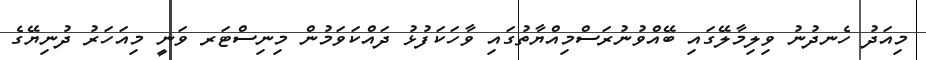
މިއަދު ހެނދުނު ވިލިމާލޭގައި ބޭއްވުނުރަސްމިއްޔާތުގައި ވާހަކަފުޅު ދައްކަވަމުން މިނިސްޓަރ ވަނީ މިއަހަރު ދުނިޔޭގެ